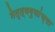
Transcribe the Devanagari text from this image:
नेतृत्वगुणांच्या